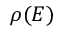
\rho ( E )